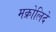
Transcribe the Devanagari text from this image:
मक्रोलिदे